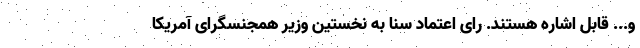
و... قابل اشاره هستند. رای اعتماد سنا به نخستین وزیر همجنسگرای آمریکا